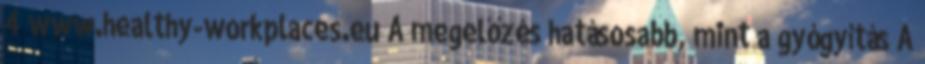
4 www.healthy-workplaces.eu A megelőzés hatásosabb, mint a gyógyítás A